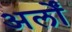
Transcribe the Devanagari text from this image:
अर्लों